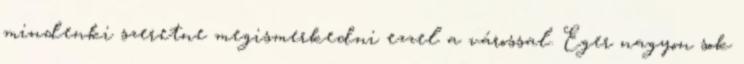
mindenki szeretne megismerkedni ezzel a várossal. Eger nagyon sok